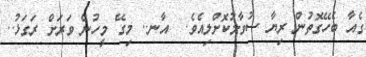
ގެއާ ބެހޭގޮތުން ރިޔާ ސުވާލުކޮށްލިއެވެ.  އާނ.. މިގޭ މީހުން ވަރަށް ރަގަޅު..